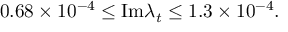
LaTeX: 0 . 6 8 \times 1 0 ^ { - 4 } \leq \mathrm { I m } \lambda _ { t } \leq 1 . 3 \times 1 0 ^ { - 4 } .